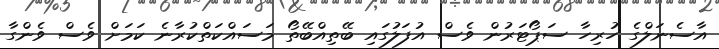
އާސެނަލްގެ ހުރިހާ ސަޕޯޓަރުން ވެސް އުފަލުގައި ބޭތިއްބޭތޯ މަސައްކަތްކުރާނެ ކަމަށް ވެސް ވެންގާ